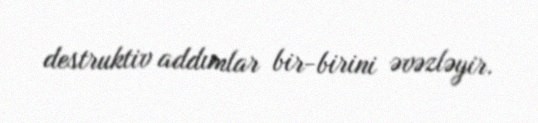
destruktiv addımlar bir-birini əvəzləyir.